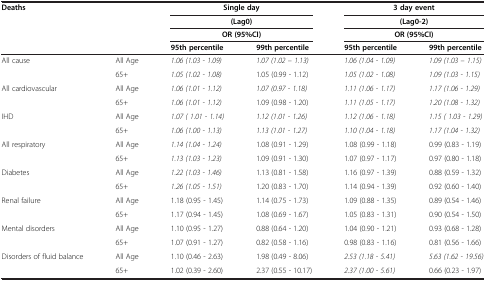
<table><thead><tr><td rowspan="3"><b>Deaths</b></td><td rowspan="3"><b> </b></td><td colspan="2"><b>Single day</b></td><td colspan="2"><b>3 day event</b></td></tr><tr><td colspan="2"><b>(Lag0)</b></td><td colspan="2"><b>(Lag0-2)</b></td></tr><tr><td colspan="2"><b>OR (95%CI)</b></td><td colspan="2"><b>OR (95%CI)</b></td></tr><tr><td><b> </b></td><td><b> </b></td><td><b>95th percentile</b></td><td><b>99th percentile</b></td><td><b>95th percentile</b></td><td><b>99th percentile</b></td></tr></thead><tbody><tr><td>All cause</td><td>All Age</td><td><i>1.06 (1.03 - 1.09)</i></td><td><i>1.07 (1.02 – 1.13)</i></td><td><i>1.06 (1.04 - 1.09)</i></td><td><i>1.09 (1.03 – 1.15)</i></td></tr><tr><td> </td><td>65+</td><td><i>1.05 (1.02 - 1.08)</i></td><td>1.05 (0.99 - 1.12)</td><td><i>1.05 (1.02 - 1.08)</i></td><td><i>1.09 (1.03 - 1.15)</i></td></tr><tr><td>All cardiovascular</td><td>All Age</td><td><i>1.06 (1.01 - 1.12)</i></td><td><i>1.07 (0.97 - 1.18)</i></td><td><i>1.11 (1.06 - 1.17)</i></td><td><i>1.17 (1.06 - 1.29)</i></td></tr><tr><td> </td><td>65+</td><td><i>1.06 (1.01 - 1.12)</i></td><td>1.09 (0.98 - 1.20)</td><td><i>1.11 (1.05 - 1.17)</i></td><td><i>1.20 (1.08 - 1.32)</i></td></tr><tr><td>IHD</td><td>All Age</td><td><i>1.07 ( 1.01 - 1.14)</i></td><td><i>1.12 (1.01 - 1.26)</i></td><td><i>1.12 (1.06 - 1.18)</i></td><td><i>1.15 ( 1.03 - 1.29)</i></td></tr><tr><td> </td><td>65+</td><td><i>1.06 (1.00 - 1.13)</i></td><td><i>1.13 (1.01 - 1.27)</i></td><td><i>1.10 (1.04 - 1.18)</i></td><td><i>1.17 (1.04 - 1.32)</i></td></tr><tr><td>All respiratory</td><td>All Age</td><td><i>1.14 (1.04 - 1.24)</i></td><td>1.08 (0.91 - 1.29)</td><td>1.08 (0.99 - 1.18)</td><td>0.99 (0.83 - 1.19)</td></tr><tr><td> </td><td>65+</td><td><i>1.13 (1.03 - 1.23)</i></td><td>1.09 (0.91 - 1.30)</td><td>1.07 (0.97 - 1.17)</td><td>0.97 (0.80 - 1.18)</td></tr><tr><td>Diabetes</td><td>All Age</td><td><i>1.22 (1.03 - 1.46)</i></td><td>1.13 (0.81 - 1.58)</td><td>1.16 (0.97 - 1.39)</td><td>0.88 (0.59 - 1.32)</td></tr><tr><td> </td><td>65+</td><td><i>1.26 (1.05 - 1.51)</i></td><td>1.20 (0.83 - 1.70)</td><td>1.14 (0.94 - 1.39)</td><td>0.92 (0.60 - 1.40)</td></tr><tr><td>Renal failure</td><td>All Age</td><td>1.18 (0.95 - 1.45)</td><td>1.14 (0.75 - 1.73)</td><td>1.09 (0.88 - 1.35)</td><td>0.89 (0.54 - 1.46)</td></tr><tr><td> </td><td>65+</td><td>1.17 (0.94 - 1.45)</td><td>1.08 (0.69 - 1.67)</td><td>1.05 (0.83 - 1.31)</td><td>0.90 (0.54 - 1.50)</td></tr><tr><td>Mental disorders</td><td>All Age</td><td>1.10 (0.95 - 1.27)</td><td>0.88 (0.64 - 1.20)</td><td>1.04 (0.90 - 1.21)</td><td>0.93 (0.68 - 1.28)</td></tr><tr><td> </td><td>65+</td><td>1.07 (0.91 - 1.27)</td><td>0.82 (0.58 - 1.16)</td><td>0.98 (0.83 - 1.16)</td><td>0.81 (0.56 - 1.66)</td></tr><tr><td>Disorders of fluid balance</td><td>All Age</td><td>1.10 (0.46 - 2.63)</td><td>1.98 (0.49 - 8.06)</td><td><i>2.53 (1.18 - 5.41)</i></td><td><i>5.63 (1.62 - 19.56)</i></td></tr><tr><td> </td><td>65+</td><td>1.02 (0.39 - 2.60)</td><td>2.37 (0.55 - 10.17)</td><td><i>2.37 (1.00 - 5.61)</i></td><td>0.66 (0.23 - 1.97)</td></tr></tbody></table>